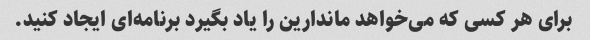
برای هر کسی که می‌خواهد ماندارین را یاد بگیرد برنامه‌ای ایجاد کنید.